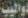
دواليب